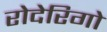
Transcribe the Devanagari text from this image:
रोदेरिगो